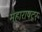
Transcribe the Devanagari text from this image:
महाराषट्र